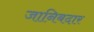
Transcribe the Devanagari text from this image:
जानिबदार